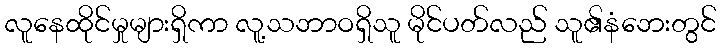
လူနေထိုင်မှုများရှိကာ လူ့သဘာဝရှိသူ မိုင်ပတ်လည် သူ၏နံဘေးတွင်